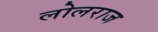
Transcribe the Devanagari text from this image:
लोलराज